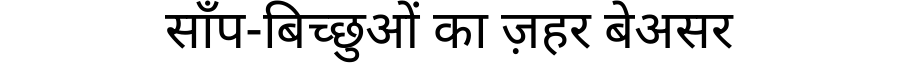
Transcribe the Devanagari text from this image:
साँप-बिच्छुओं का ज़हर बेअसर